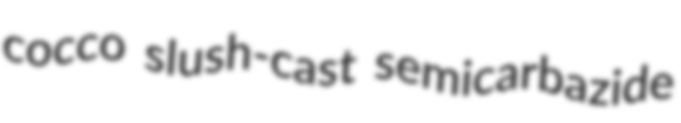
cocco slush-cast semicarbazide